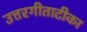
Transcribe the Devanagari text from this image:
उत्तरगीताटीका